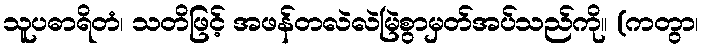
သူပဓာရိတံ၊ သတိဖြင့် အဖန်တလဲလဲမြဲစွာမှတ်အပ်သည်ကို။ (ကတွာ၊